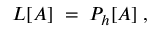
{ \cal { L } } [ A ] \; = \; { \cal { P } } _ { h } [ A ] \; ,